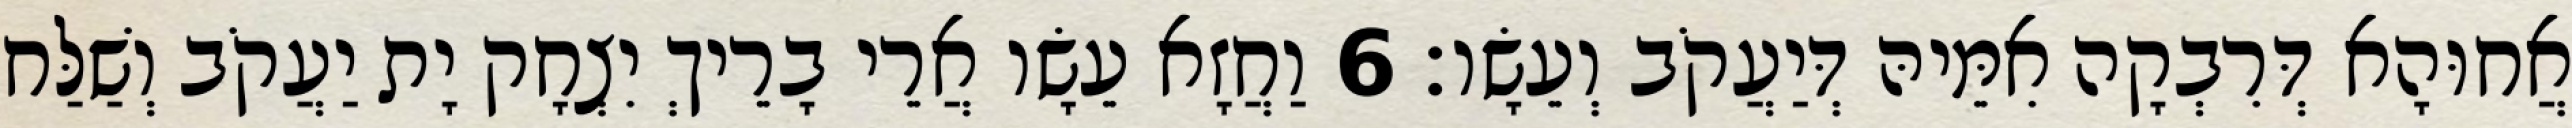
אֲחוּהָא דְּרִבְקָה אִמֵּיהּ דְּיַעֲקֹב וְעֵשָׂו׃ 6 וַחֲזָא עֵשָׂו אֲרֵי בָרֵיךְ יִצְחָק יָת יַעֲקֹב וְשַׁלַּח